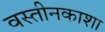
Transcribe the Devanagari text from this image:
वस्तीनकाशा